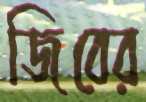
জিবের